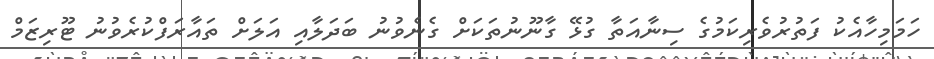
ހަމަމިހާއެކު ފަތުރުވެރިކަމުގެ ސިނާއަތާ ގުޅޭ ގާނޫނުތަކަށް ގެނެވުނު ބަދަލާއި އަލަށް ތައާރަފްކުރެވުނު ޓޫރިޒަމް